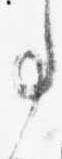
事